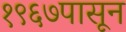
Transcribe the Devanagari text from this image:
१९६७पासून